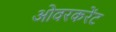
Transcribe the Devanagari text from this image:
ओवरकरेंट